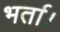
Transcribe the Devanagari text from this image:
भर्ता।